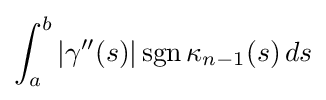
\int _{a}^{b}\left|\gamma ''(s)\right|\operatorname {sgn} \kappa _{n-1}(s)\,ds